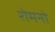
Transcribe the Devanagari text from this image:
रोमनो